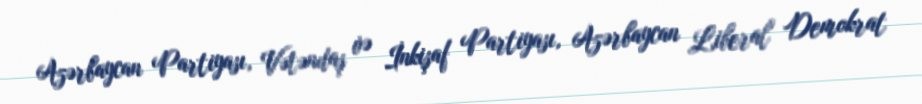
Azərbaycan Partiyası, Vətəndaş və İnkişaf Partiyası, Azərbaycan Liberal Demokrat